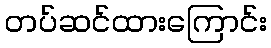
တပ်ဆင်ထားကြောင်း